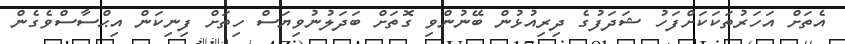
އެތަށް އަހަރުތަކަކަށްފަހު ޝަދަފުގެ ދިރިއުޅުން ބޭނުންވި ގޮތަށް ބަދަލުނުވިޔަސް ހިތަށް ފިނިކަން އިޙްސާސްވެގެން